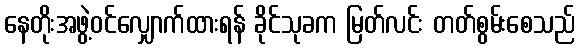
နေတိုးအဖွဲ့ဝင်လျှောက်ထားရန် ခိုင်သုခက မြတ်လင်း တတ်စွမ်းစေသည်